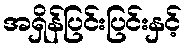
အရှိန်ပြင်းပြင်းနှင့်